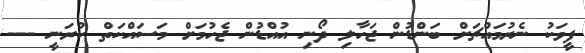
ފީވަކު ނެރުމައްޗަށް ބަންޑުން ޖަހާލި ދޯނި އުއްޑުން ޖެހުމަށް މަސައްކަތް ކުރަނީ ---